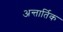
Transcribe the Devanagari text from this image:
अन्तार्तिक